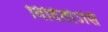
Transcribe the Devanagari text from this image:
विदितोऽसि